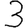
Digit: 3